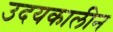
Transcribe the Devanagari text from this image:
उदयकालीन